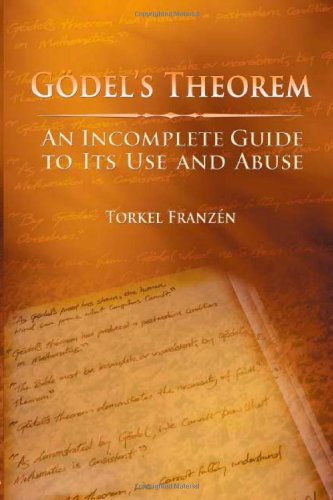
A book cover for GÃ¶del's Theorem: An Incomplete Guide to Its Use and Abuse; Torkel FranzÃ©n; Humor & Entertainment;